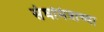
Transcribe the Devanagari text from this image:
संघमित्राच्या